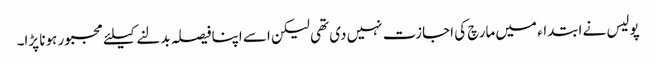
پولیس نے ابتداء میں مارچ کی اجازت نہیں دی تھی لیکن اسے اپنا فیصلہ بدلنے کیلئے مجبور ہونا پڑا۔